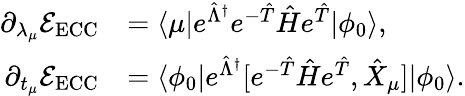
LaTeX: \begin{array}{rl}{\partial_{\lambda_{\mu}}\mathcal E_{\mathrm{ECC}}}&{=\langle\mu\vert e^{\hat{\Lambda}^{\dagger}}e^{-\hat{T}}\hat{H}e^{\hat{T}}\vert\phi_{0}\rangle,}\\ {\partial_{t_{\mu}}\mathcal E_{\mathrm{ECC}}}&{=\langle\phi_{0}\vert e^{\hat{\Lambda}^{\dagger}}[e^{-\hat{T}}\hat{H}e^{\hat{T}},\hat{X}_{\mu}]\vert\phi_{0}\rangle.}\end{array}